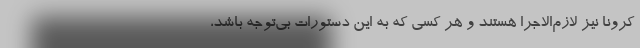
کرونا نیز لازم‌الاجرا هستند و هر کسی که به این دستورات بی‌توجه باشد،